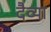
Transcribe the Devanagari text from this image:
दैव्या